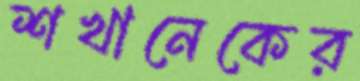
শখানেকের